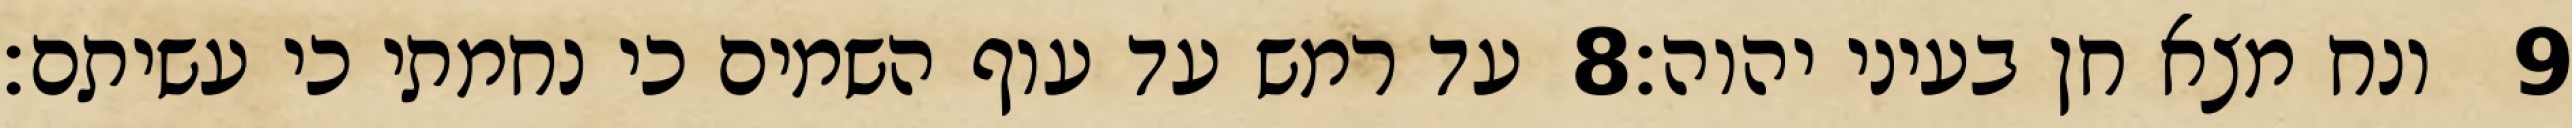
עד רמש עד עוף השמים כי נחמתי כי עשיתם׃ ‎8‏ ונח מצא חן בעיני יהוה׃ ‎9‏